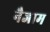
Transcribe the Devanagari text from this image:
नैजाम